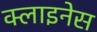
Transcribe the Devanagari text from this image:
क्लाइनेस